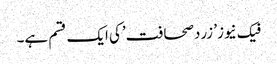
فیک نیوز’ زردصحافت’کی ایک قسم ہے۔